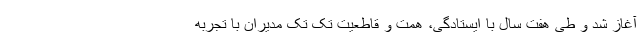
آغاز شد و طی هفت سال با ایستادگی‌، همت و قاطعیت تک تک مدیران با تجربه